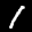
Label: 1